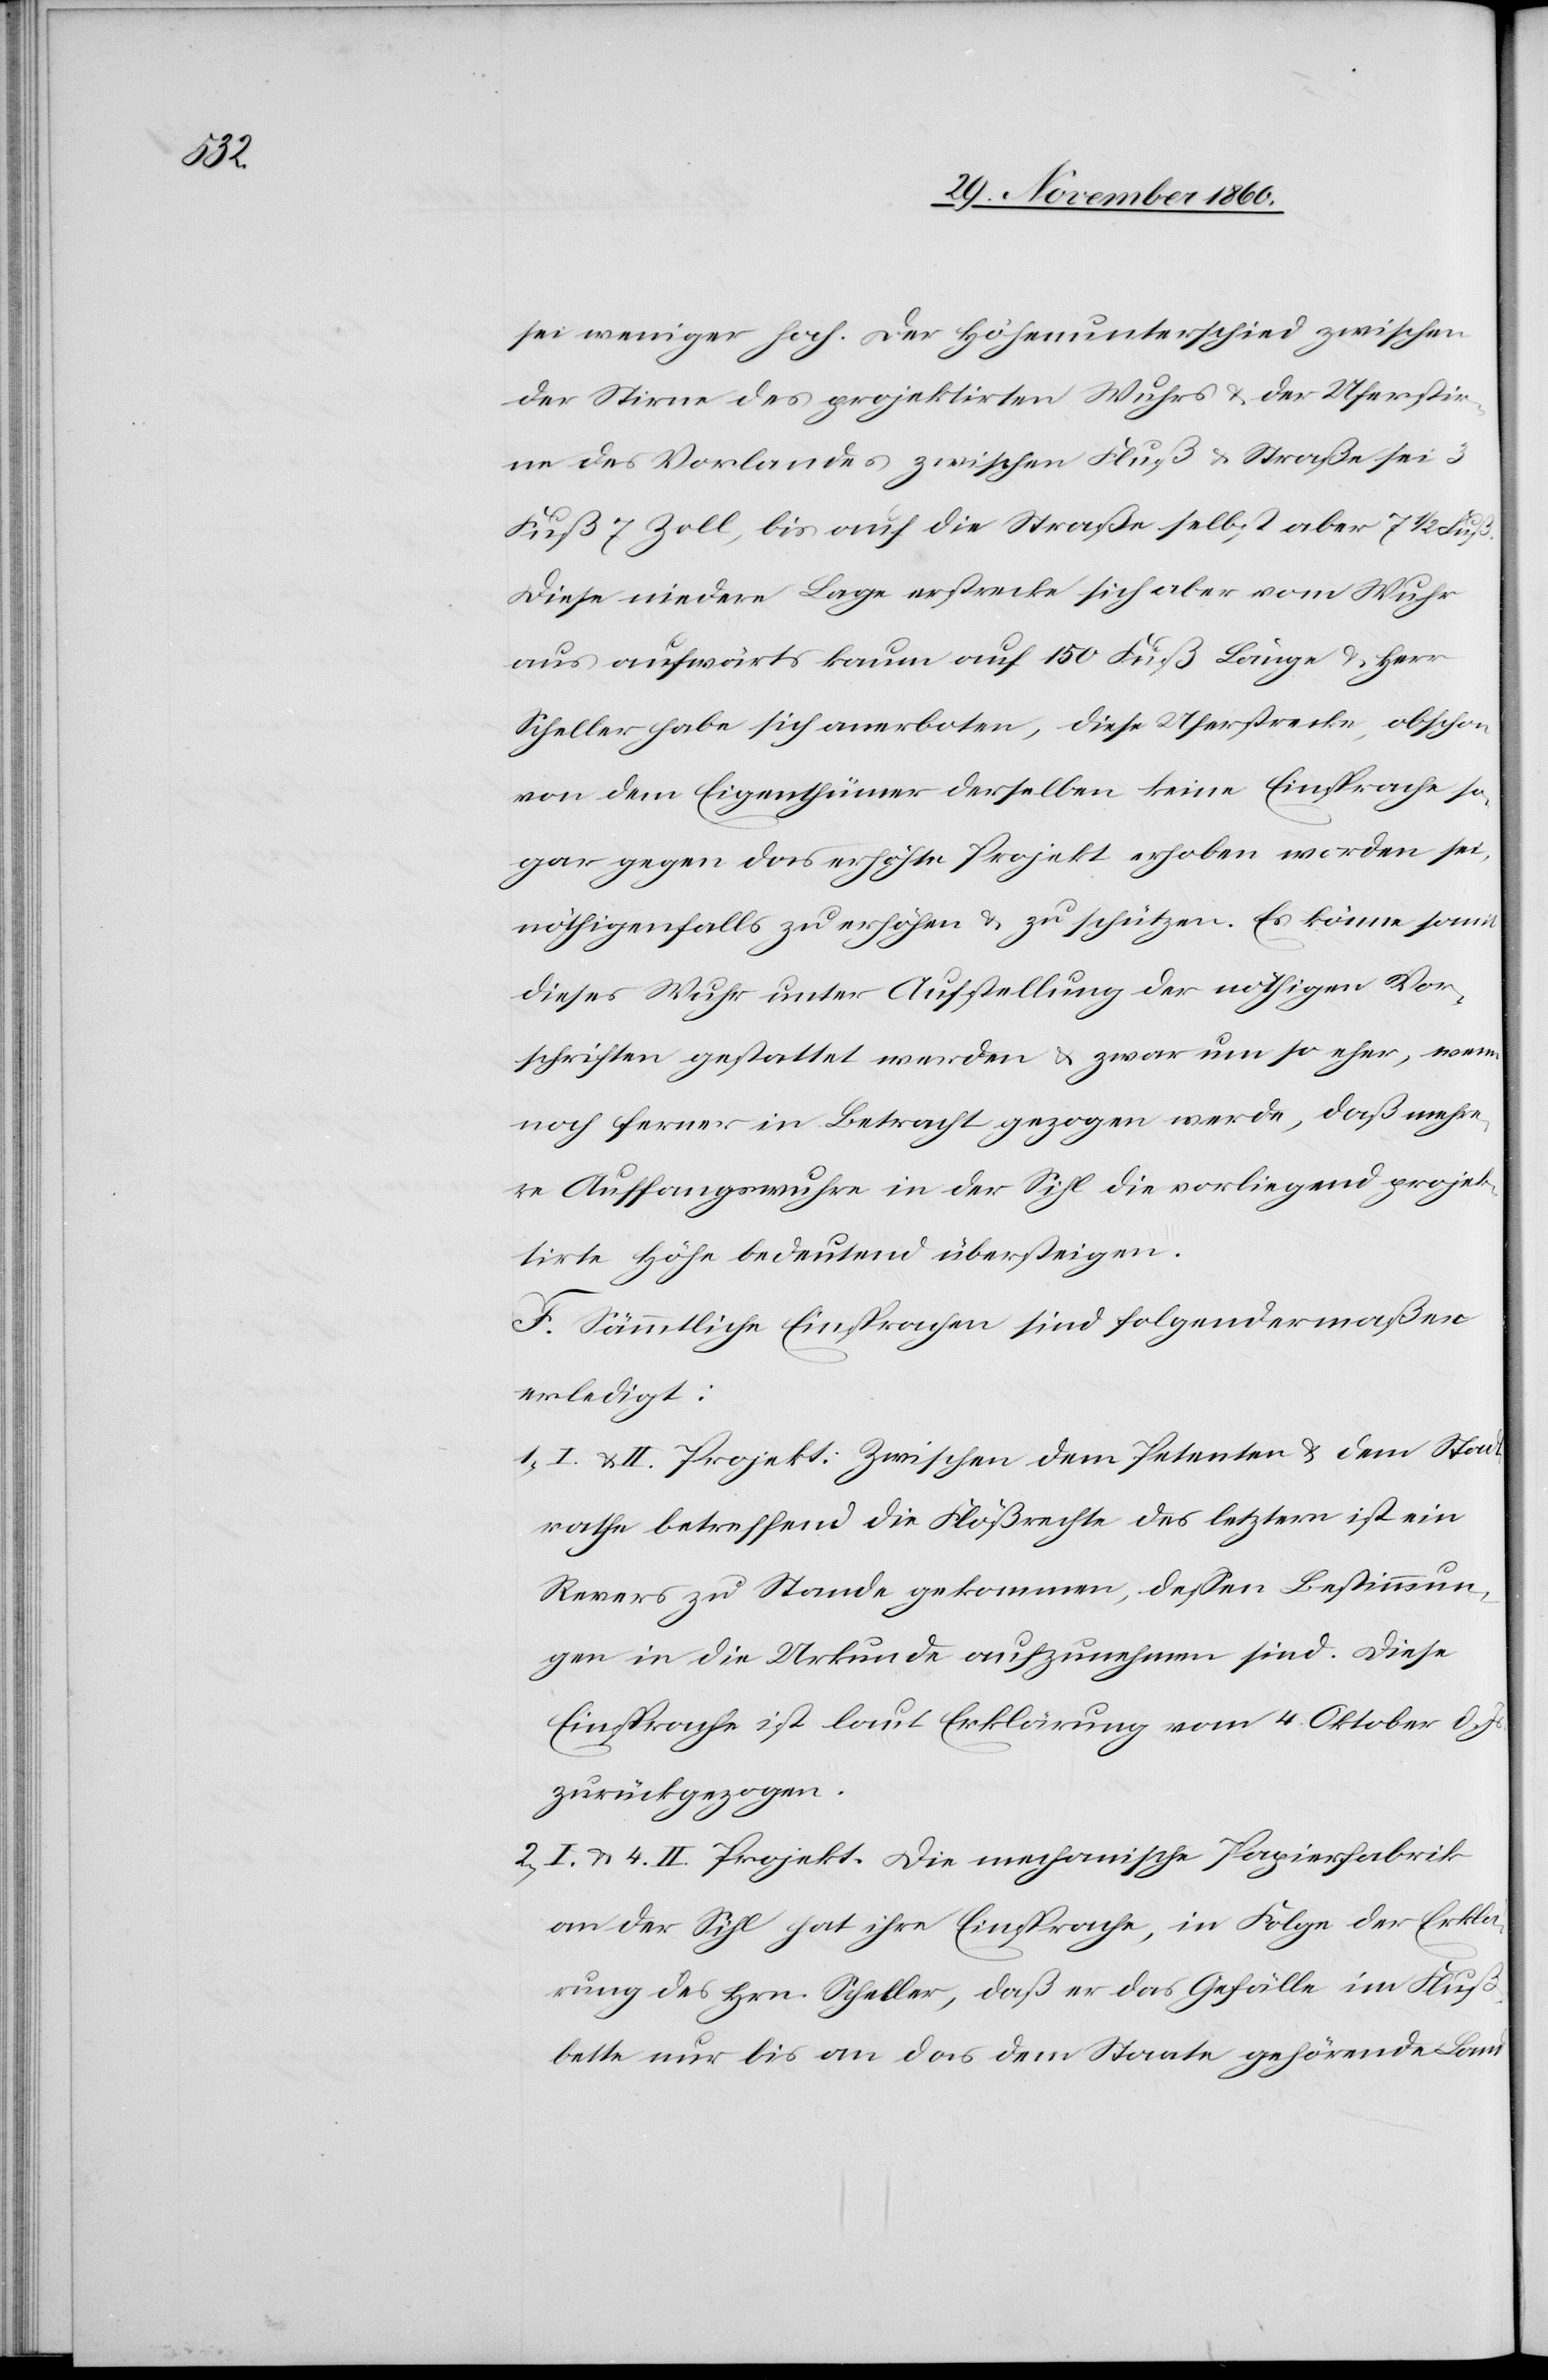
sei weniger hoch. Der Höhenunterschied zwischen
der Stirne des projektirten Wuhres u. der Uferstir¬
ne des Vorlandes zwischen Fluß u. Straße sei 3
Fuß 7 Zoll, bis auf die Straße selbst aber 7 1/2 Fuß.
Diese niedere Lage erstrecke sich aber vom Wuhr
aus aufwärts kaum auf 150 Fuß Länge u. Herr
Scheller habe sich anerboten, diese Uferstrecke, obschon
von dem Eigenthümer derselben keine Einsprache so¬
gar gegen das erhöhte Projekt erhoben worden sei,
nöthigenfalls zu erhöhen u. zu schützen. Es könne somit
dieses Wuhr unter Aufstellung der nöthigen Vor¬
schriften gestattet werden u. zwar um so eher, wenn
noch ferner in Betracht gezogen werde, daß mehre¬
re Auffangswuhre in der Sihl die vorliegend projek¬
tirte Höhe bedeutend übersteigen.
F. Sämmtliche Einsprachen sind folgendermaßen
erledigt:
I. u. II. Projekt: Zwischen dem Petenten u. dem Stadt¬
rathe betreffend die Flößrechte des letztern ist ein
Revers zu Stande gekommen, dessen Bestimmun¬
gen in die Urkunde aufzunehmen sind. Diese
Einsprache ist laut Erklärung vom 4. Oktober d. Js.
zurückgezogen.
2) I. u. 4. II Projekt. Die mechanische Papierfabrik
an der Sihl hat ihre Einsprache, in Folge der Erklä¬
rung des Hrn. Scheller, daß er das Gefälle im Fluß¬
bette nur bis an das dem Staate gehörende Land